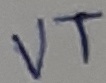
Text: VT